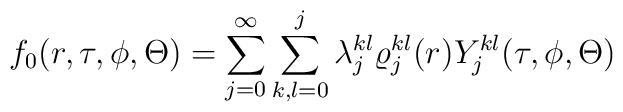
f_0(r,\tau ,\phi ,\Theta)=\sum\limits_{j=0}^\infty\sum\limits_{k,l=0}^j\lambda^{kl}_j\varrho^{kl}_j(r)Y^{kl}_j(\tau, \phi ,\Theta )